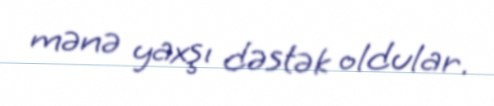
mənə yaxşı dəstək oldular.